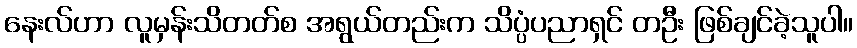
နေးလ်ဟာ လူမှန်းသိတတ်စ အရွယ်တည်းက သိပ္ပံပညာရှင် တဦး ဖြစ်ချင်ခဲ့သူပါ။